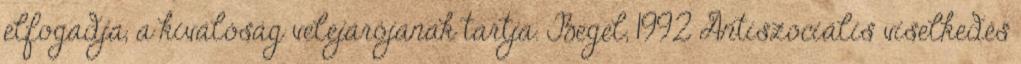
elfogadja, a kiválóság velejárójának tartja. Begel, 1992 Antiszociális viselkedés